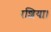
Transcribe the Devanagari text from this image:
रशिया।